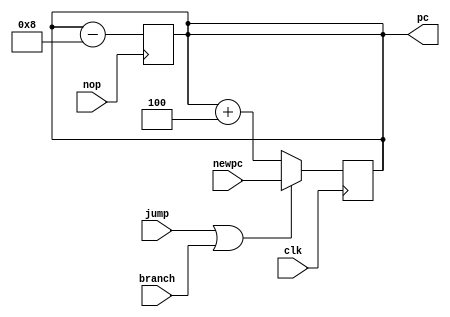
module PC (
    input wire clk,
    input wire [31:0] newpc,
    input wire branch,
    input wire jump,
    input wire nop,
    output reg [31:0] pc
);
initial begin
    pc = 32'b0;
end
    always @(posedge clk) begin
        pc <= pc + 4;
        if (jump||branch) begin
            pc <= newpc;
        end;
     end
    always @(posedge nop) begin
        pc <= pc - 8;
    end
endmodule